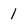
Character: 1